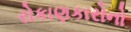
રોકાણકારોનો